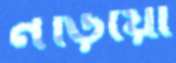
নড়িয়ো